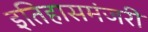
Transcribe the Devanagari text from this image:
इतिहासमंजरी